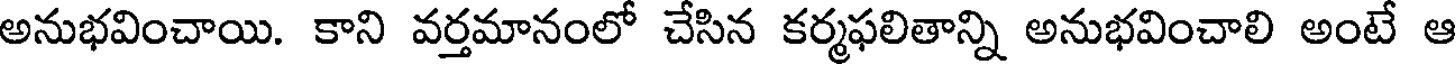
అనుభవించాయి. కాని వర్తమానంలో చేసిన కర్మఫలితాన్ని అనుభవించాలి అంటే ఆ